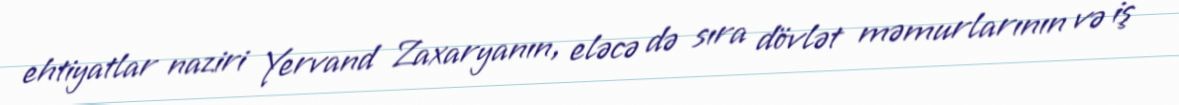
ehtiyatlar naziri Yervand Zaxaryanın, eləcə də sıra dövlət məmurlarının və iş